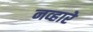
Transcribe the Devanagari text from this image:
नव्हारे